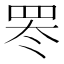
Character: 𬙛